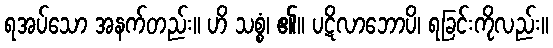
ရအပ်သော အနက်တည်း။ ဟိ သစ္စံ၊ ၏။ ပဋိလာဘောပိ၊ ရခြင်းကိုလည်း။